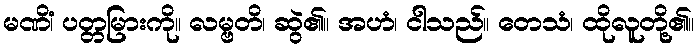
မဏိံ၊ ပတ္တမြားကို။ လမ္ဗတိ၊ ဆွဲ၏။ အဟံ၊ ငါသည်။ တေသံ၊ ထိုလူတို့၏။